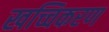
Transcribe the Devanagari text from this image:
खच्चिकरण